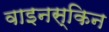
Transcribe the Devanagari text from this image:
वाइनस्किन